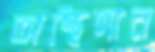
অস্থিদান